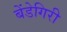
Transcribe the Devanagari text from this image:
बेंडेगिरी